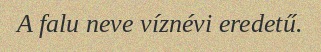
A falu neve víznévi eredetű.